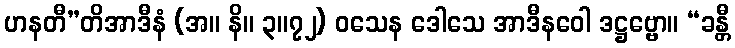
ဟနတီ”တိအာဒီနံ (အ။ နိ။ ၃။၇၂) ဝသေန ဒေါသေ အာဒီနဝေါ ဒဋ္ဌဗ္ဗော။ “ခန္တီ